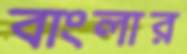
বাংলার